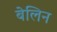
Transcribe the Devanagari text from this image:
बेलिन